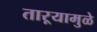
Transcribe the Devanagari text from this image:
ताऱ्यामुळे